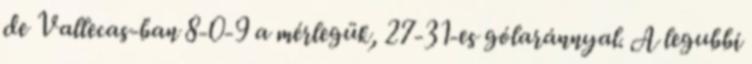
de Vallecas-ban 8-0-9 a mérlegük, 27-31-es gólaránnyal. A legubbi